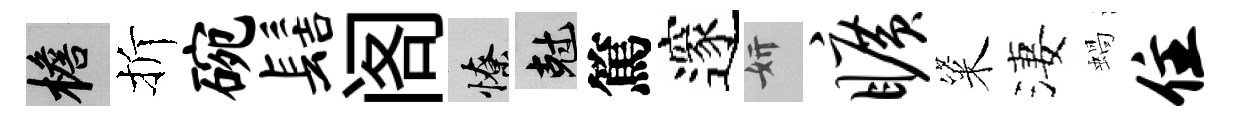
檐折碗髻阁憭剋篤邃妍旷粢淒蝸住